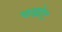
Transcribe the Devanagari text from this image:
चखोट